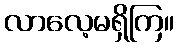
လာလေ့မရှိကြ။